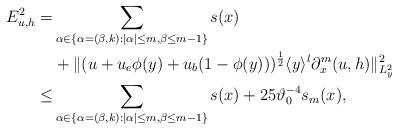
LaTeX: \begin{align*}\begin{aligned}E_{u,h}^2=&\sum_{\alpha\in\{\alpha=(\beta,k):|\alpha|\leq m, \beta\leq m-1\}} s(x)\\&+\Vert (u+u_e\phi(y)+u_b(1-\phi(y)))^{\frac{1}{2}}\langle y\rangle^{l}\partial_x^m (u,h) \Vert_{L^2_y}^2\\\leq &\sum_{\alpha\in\{\alpha=(\beta,k):|\alpha|\leq m, \beta\leq m-1\}} s(x)+25\vartheta_0^{-4}s_m(x),\end{aligned}\end{align*}